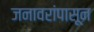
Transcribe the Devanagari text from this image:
जनावरांपासून